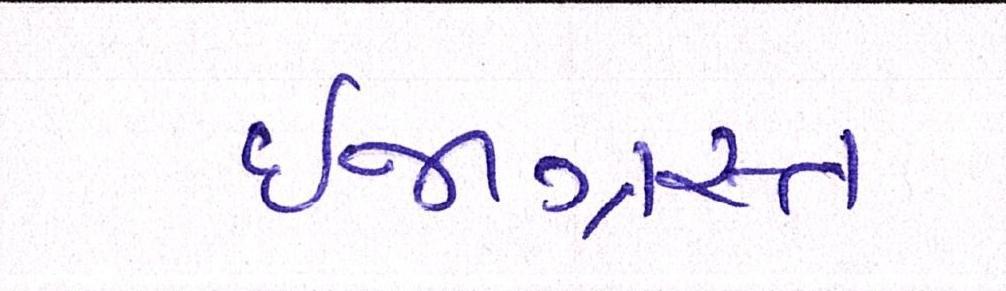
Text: ઈજાગ્રસ્ત